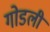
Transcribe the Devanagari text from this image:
गोडली